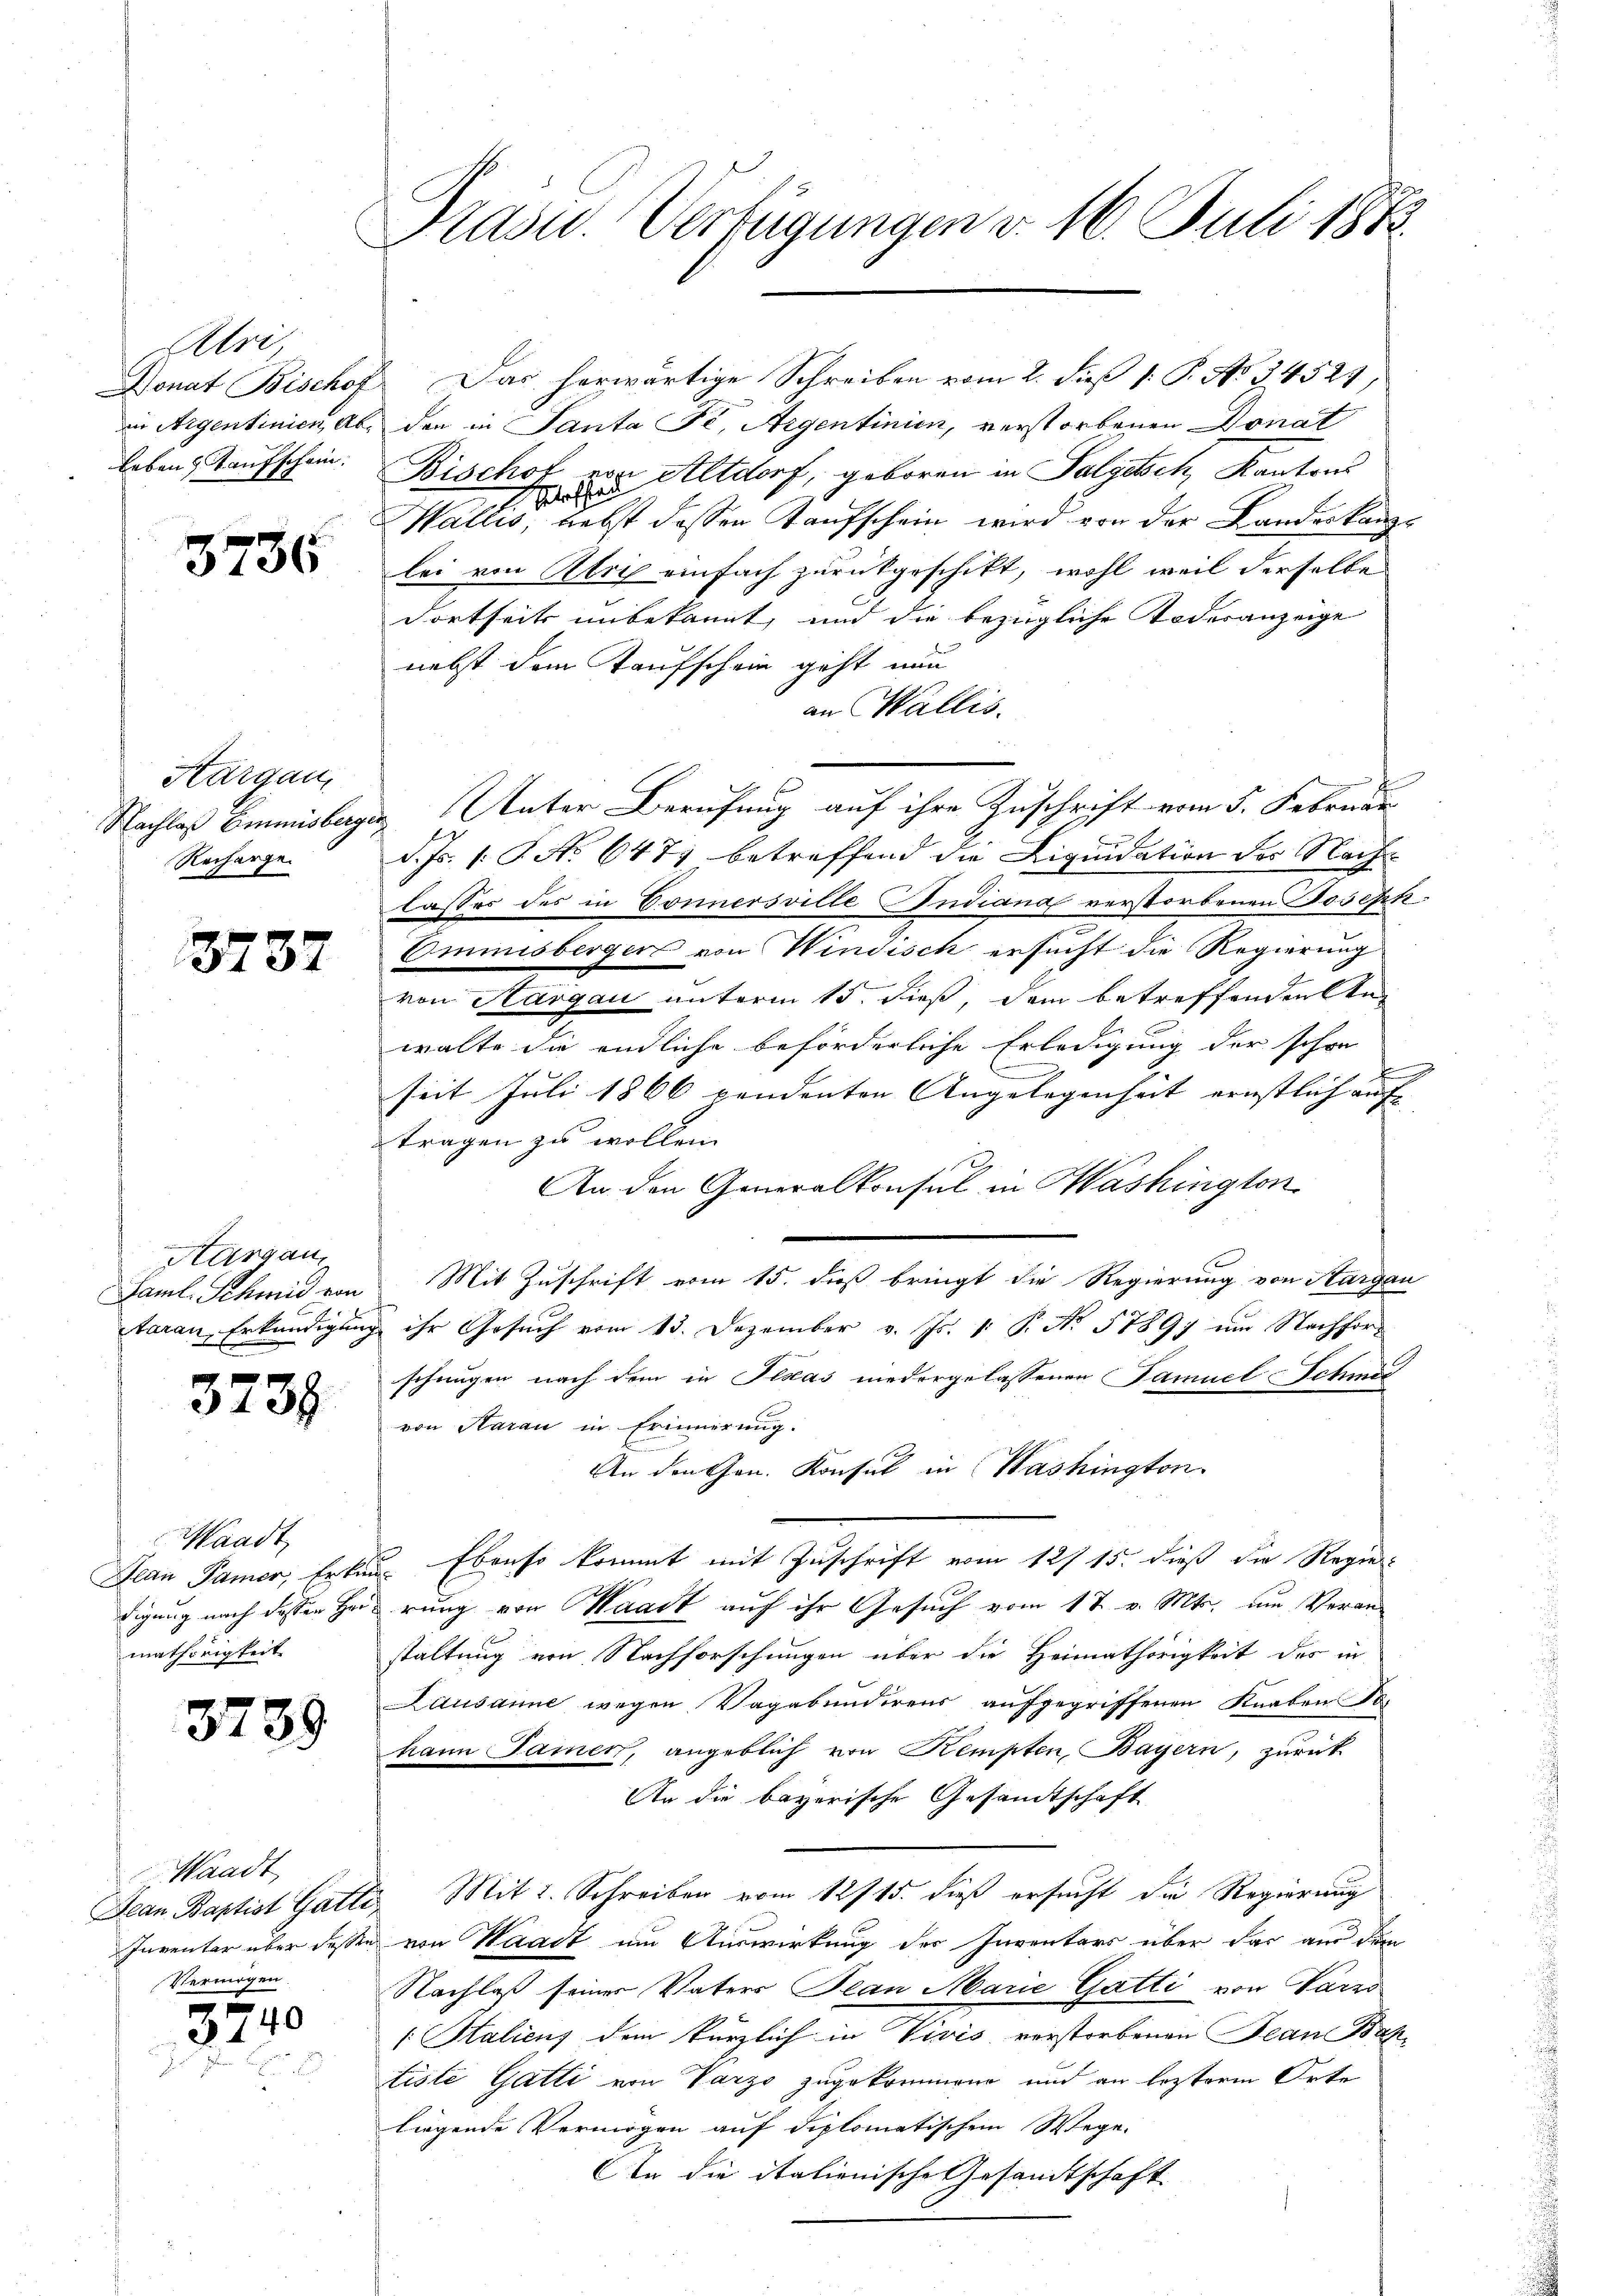
Uri,
Donat Bischof
in Aigentinien Ab
Leben Taufschein.

3736

Kargau,
Nachlaß Emmnisberge
Recharge.

3737

Aargau,
Faml. Schmid von
Aarau, Erkundigung

3738

Waadt,
Plan Pamer, Erkan
digung nach desser Heimathörigkeit

3739

Waadt
Jean Baptist Gatti,
Inventar über dessen
Vermögen.

3740

Prasw. Verfügungen v. 16. Juli 1873.

Das herwärtige Schreiben vom 2. dieß 1: P. No 34521,
den in Santa Fe, Argentinien, verstorbenen Donat
Bischof von Altdorf, geboren in Salgesch, Kantons
ad
r
Wallis, nebst dessen Taufschein wird von der Landeskanzlei von Abris einfach zurückgeschikt, wohl weil derselbe
dortseits unbekannt, und die bezügliche Todesanzeige
nebst dem Kaufschein geht nun
an Wallis.
2 Unter Berufung auf ihre Zuschrift vom 5. Februar
d. Js. 1. P. No 6477 betreffend die Liquidation der Nachlasses des in Connersville Indiana verstorbenen Joseph
Ommnisberger von Windisch ersucht die Regierung
von Kargau unterm 15. dieß, dem betreffenden An¬

walte die endliche beförderliche Erledigung der schon
.
seit Juli 1866 vendenten Angelegenheit ernstlich auf |
tragen zu wollen.
An den Generalkonsul in Washington
Mit Zuschrift vom 15. dieß bringt die Regierung von Sargau
ihr Gesuch vom 13. Dezember v. Js. 1. P. No 57897 um Nachforschungen nach dem in Plseas niedergelassenen Famuel Schmit
von Aarau in Erinnerung.
An den Gen. Konsul in Washington
Ebenso kommt mit Zuschrift vom 12/ 15. dieß die Regie-
.
rung von Waadt auf ihr Gesuch vom 17. v. Mts. um Veranstaltung von Nachforschungen über die Heimathörigkeit des in
Lausanne wegen Vagabundirens aufgegriffenen Knaben To
hann Samen, angeblich von Kempten, Bayern, zurück
An die bayerische Gesandtschaft
 Mit 2. Schreiben vom 12/15. dieß ersucht die Regierung
" von Waadt um Auswirkung der Inventars über dar aus dem
Nachlaß seiner Vaters Plan Marie Gatti von Varro
1 Saliens dem kürzlich in Vivis verstorbenen Bean Bahtiste Gatti von Varzo zugekommene und an lezterm Orte
liegende Vermögen auf diplomatischem Wege.
An die italienische Gesandtschaft